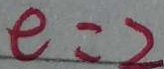
e = 2